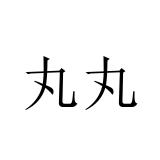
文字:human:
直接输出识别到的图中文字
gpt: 丸丸